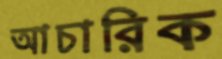
আচারিক